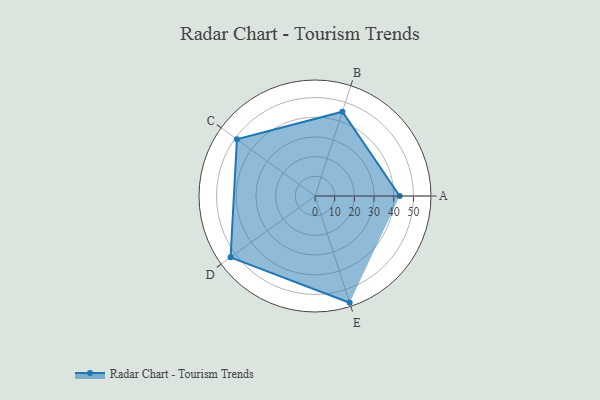
{"axis": {"x": "Skill", "y": "Score"}, "legend": ["Profile"], "data": [{"x": "A", "y": 43.0, "type": "Profile"}, {"x": "B", "y": 45.0, "type": "Profile"}, {"x": "C", "y": 49.0, "type": "Profile"}, {"x": "D", "y": 53.0, "type": "Profile"}, {"x": "E", "y": 57.0, "type": "Profile"}]}